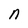
Character: n